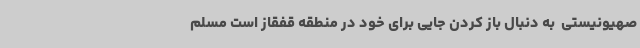
صهیونیستی  به دنبال باز کردن جایی برای خود در منطقه قفقاز است مسلم